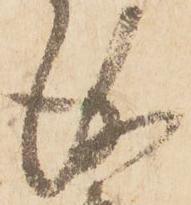
儀